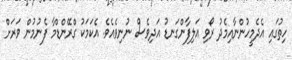
ހިތުގައި އެދެމީހުންނާއިމެދު ރޯވި އަލިފާންގަނޑު އަދިވެސް ނުނިވެއެވެ. އެކަމަކު ގްރޭންޑްމާ ފެނުމުން ވަރަށް